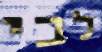
לבי